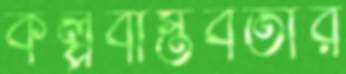
কল্পবাস্তবতার